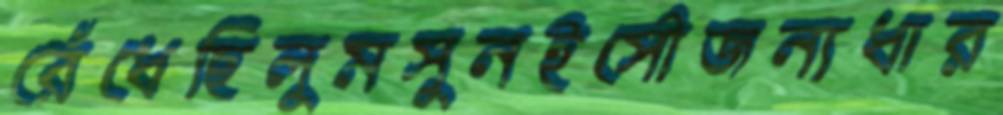
রেঁধেছিলুমসুনইসৌজন্যধার